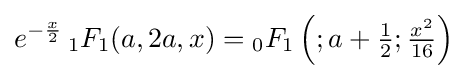
e^{-{\frac {x}{2}}}\,{}_{1}F_{1}(a,2a,x)={}_{0}F_{1}\left(;a+{\tfrac {1}{2}};{\tfrac {x^{2}}{16}}\right)